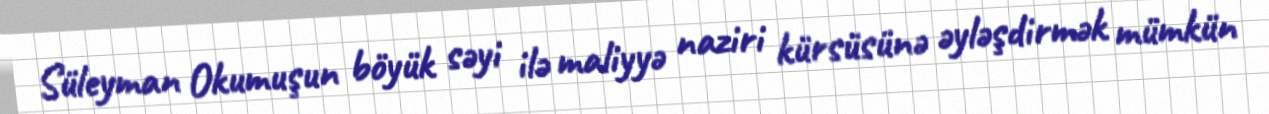
Süleyman Okumuşun böyük səyi ilə maliyyə naziri kürsüsünə əyləşdirmək mümkün